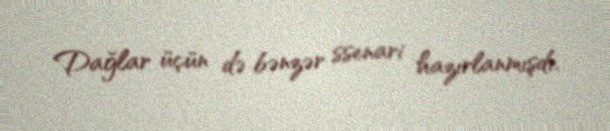
Dağlar üçün də bənzər ssenari hazırlanmışdı.